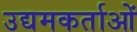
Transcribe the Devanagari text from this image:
उद्यमकर्ताओं